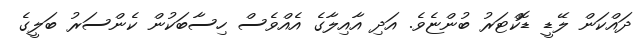
ދައްކަން ލޭޑީ ޑޮކްޓަރު ބުންޏެވެ. އަދި އާއިލާގެ އެއްވެސް ހިސާބަކުން ކެންސަރު ބަލީގެ